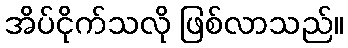
အိပ်ငိုက်သလို ဖြစ်လာသည်။